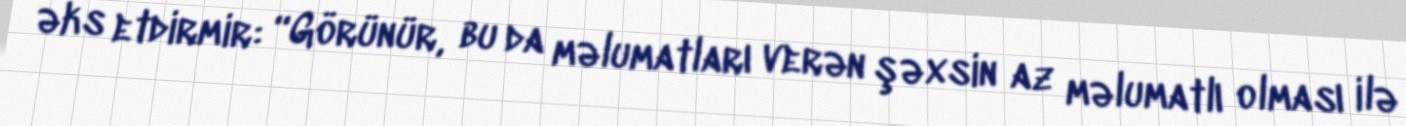
əks etdirmir: “Görünür, bu da məlumatları verən şəxsin az məlumatlı olması ilə